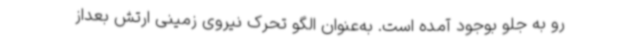
رو به جلو بوجود آمده است. به‌عنوان الگو تحرک نیروی زمینی ارتش بعداز